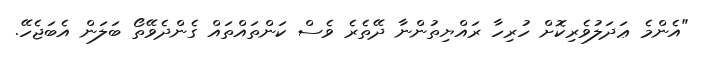
"އެންމެ ޢަދަލުވެރިކޮށް ހުރިހާ ރައްޔިތުންނާ ދޭތެރެ ވެސް ކަންތައްތައް ގެންދެވޭތޯ ބަލަން އެބަޖެހޭ.